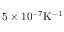
5 \times 1 0 ^ { - 7 } \mathrm { K ^ { - 1 } }